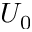
U _ { 0 }